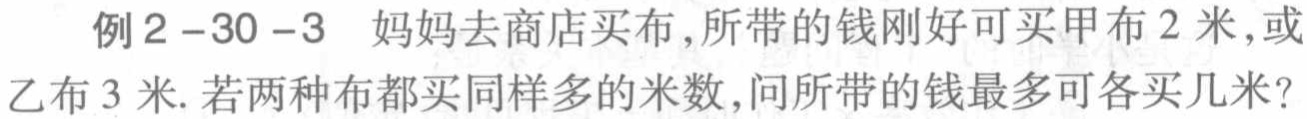
例2-30-3 妈妈去商店买布，所带的钱刚好可买甲布2米，或乙布3米. 若两种布都买同样多的米数，问所带的钱最多可各买几米？